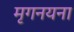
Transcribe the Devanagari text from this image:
मृगनयना